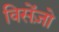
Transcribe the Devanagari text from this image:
विसेंज़ो